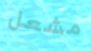
مشعل